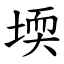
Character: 堧